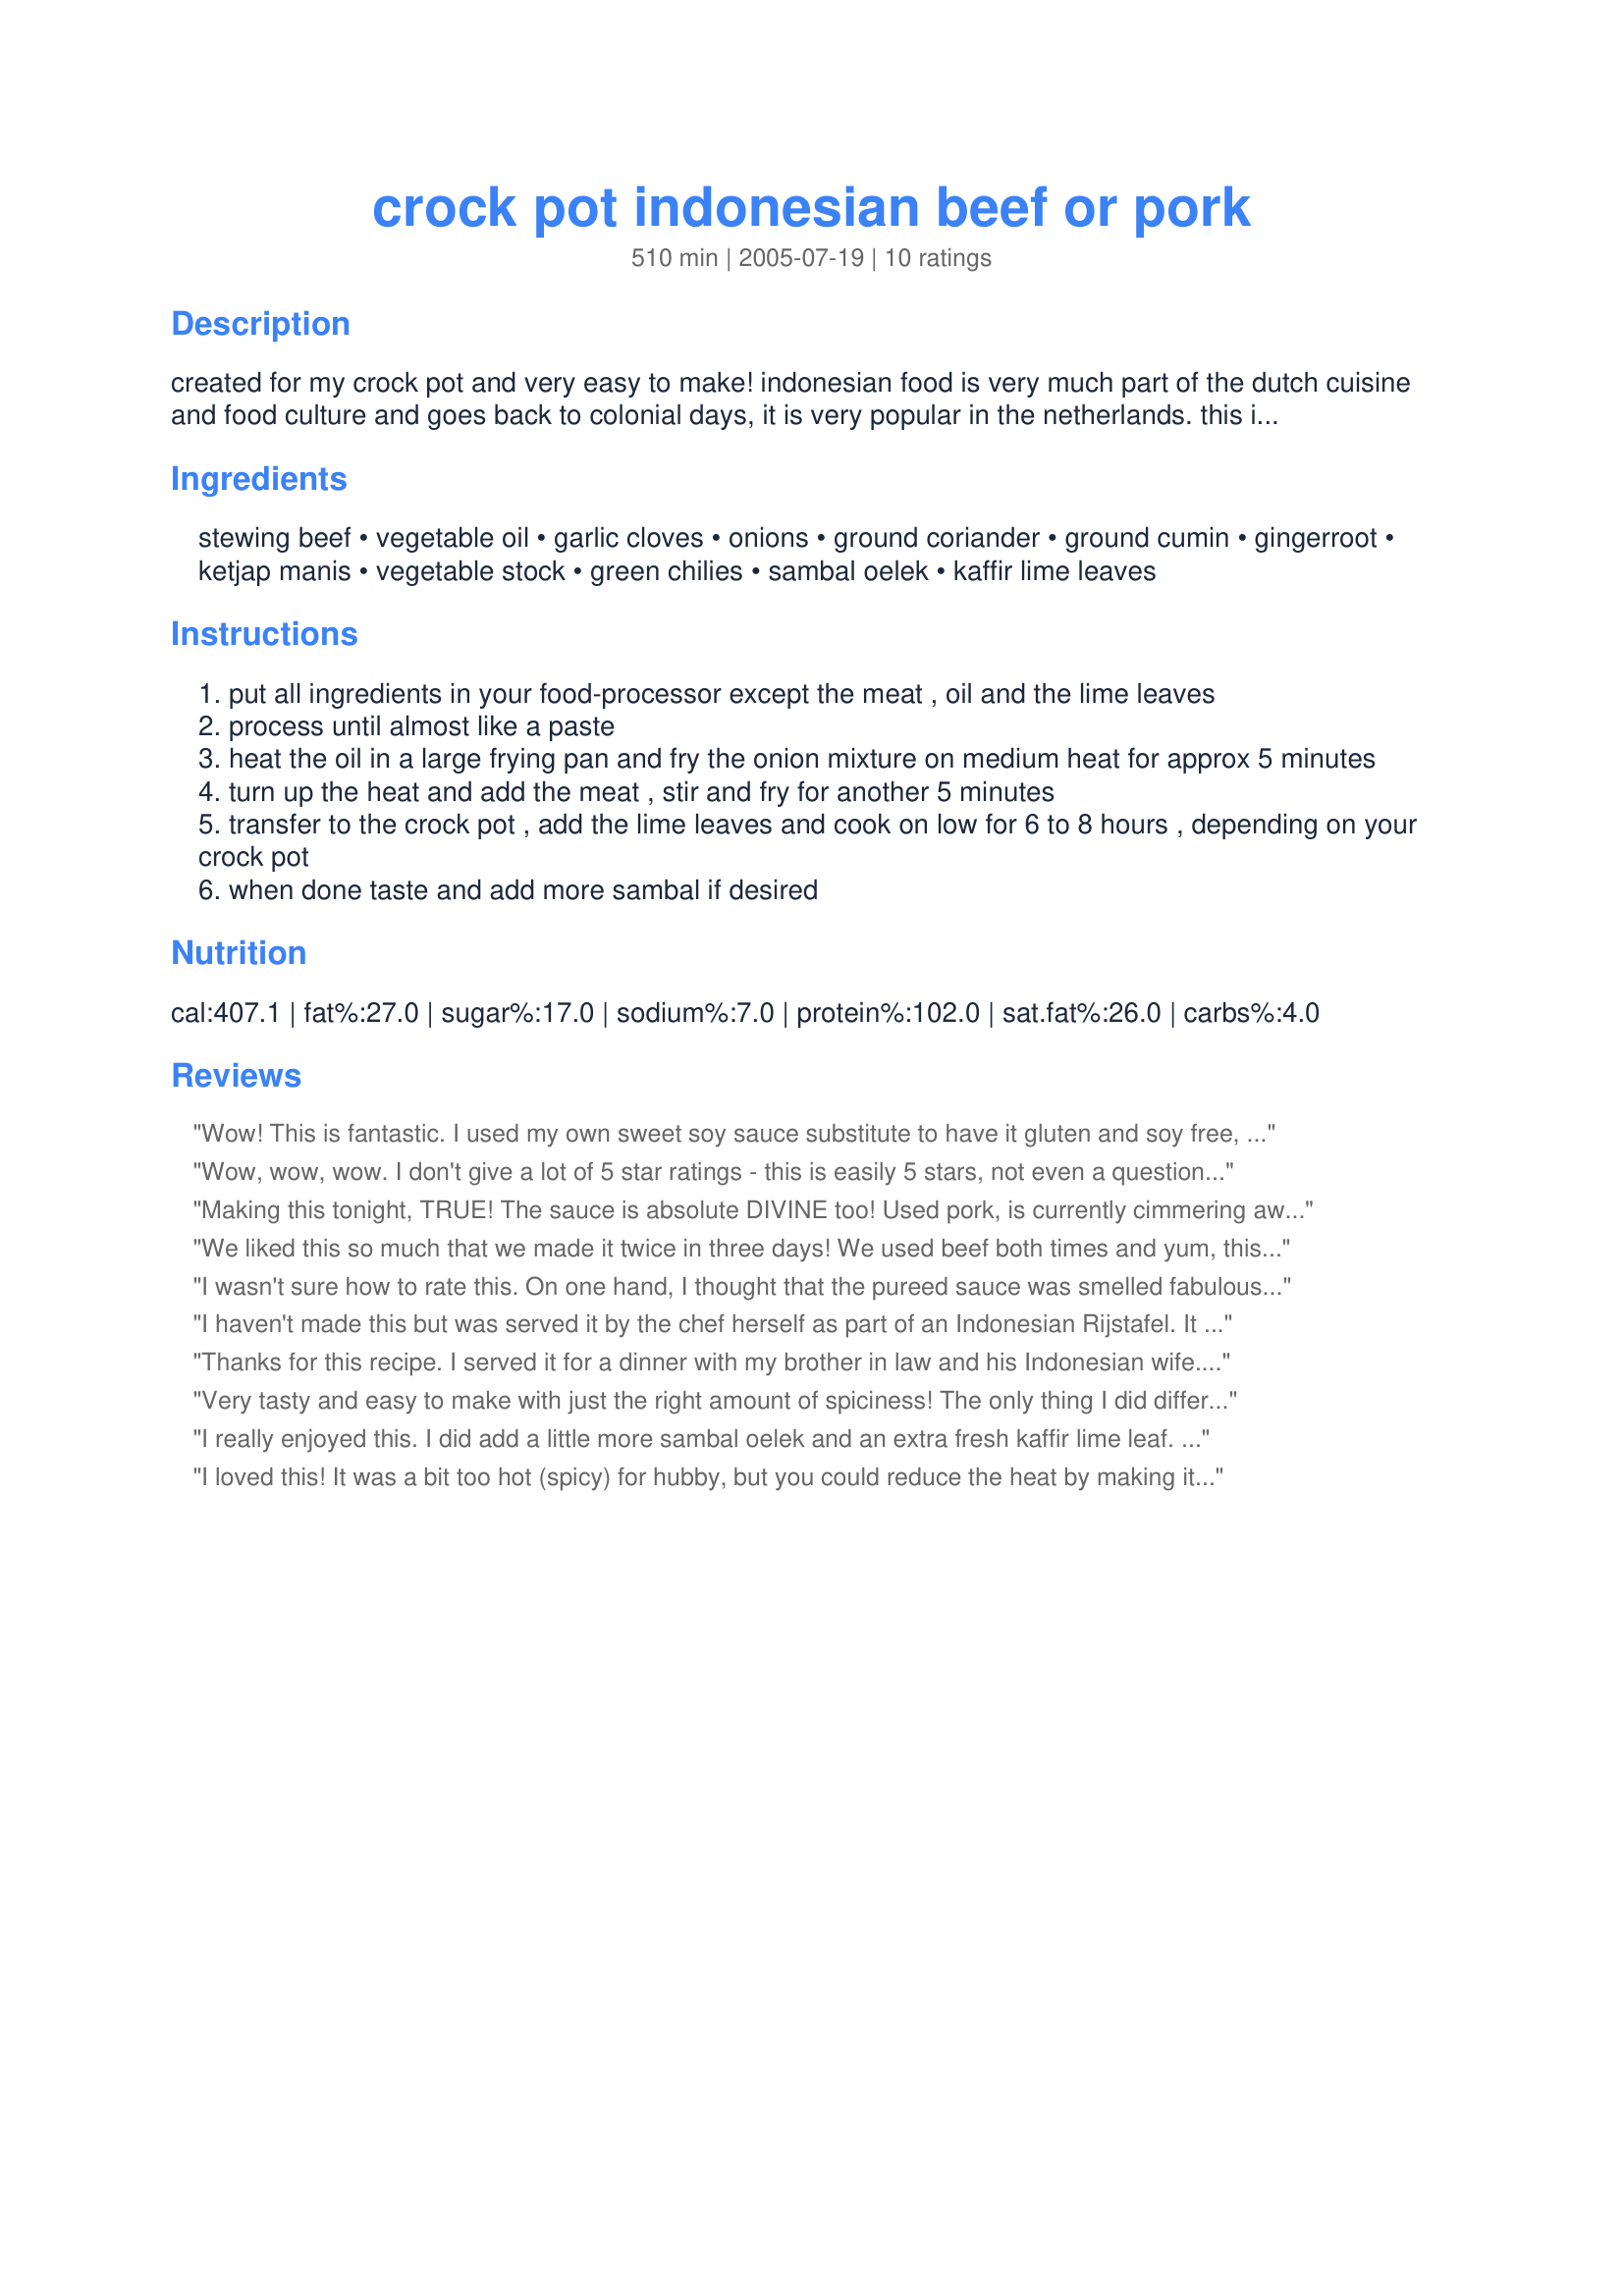
crock pot indonesian beef or pork
Preparation time: 510 minutes

created for my crock pot and very easy to make! indonesian food is very much part of the dutch cuisine and food culture and goes back to colonial days, it is very popular in the netherlands. this is good when just made but even better the day after or after freezing. add as many chilies or sambal to bring it up to your own desired spiciness. if you cannot get lime leaves sub with some lime zest, it's not the same but it's the best substitute.

Ingredients:
stewing beef, vegetable oil, garlic cloves, onions, ground coriander, ground cumin, gingerroot, ketjap manis, vegetable stock, green chilies, sambal oelek, kaffir lime leaves

Steps:
put all ingredients in your food-processor except the meat , oil and the lime leaves
process until almost like a paste
heat the oil in a large frying pan and fry the onion mixture on medium heat for approx 5 minutes
turn up the heat and add the meat , stir and fry for another 5 minutes
transfer to the crock pot , add the lime leaves and cook on low for 6 to 8 hours , depending on your crock pot
when done taste and add more sambal if desired

Reviews:
Wow! This is fantastic. I used my own sweet soy sauce substitute to have it gluten and soy free, and it was incredibly tasty. Made it with beef and will soon make it again!<br/>Made for Cook-A-Thon in Memory of Pets'R'us.
Wow, wow, wow. I don't give a lot of 5 star ratings - this is easily 5 stars, not even a question. I cannot believe how easy it was to put together, and the results were amazing. I had sambal oekek and ketjap manis, but did not have access to lime leaves. Changes: used venison for the beef (no one even noticed) and left out lime zest for lime leaves, simply because I forgot to add it. Served with Indonesian Speced Rice Recipe #14639. I will definitely be putting this in the hall of fame cookbook. We loved it. THANKS a million. *Made again with chicken, and it was still good, but the venison was much better....the spices overpowered the chicken. Next time, beef!
Making this tonight, TRUE! The sauce is absolute DIVINE too! Used pork, is currently cimmering away, Like one of the reviewers used an extra lime leaf, okay! Had initial concerns was not enough sauce, But am sure it will be ok....
We liked this so much that we made it twice in three days! We used beef both times and yum, this is not only easy but wonderfully tasty. Needless to say we will be making it again SOON! Thanks!!!
I wasn't sure how to rate this. On one hand, I thought that the pureed sauce was smelled fabulous and delish before it was cooked but after cooking in the crockpot (I used beef but no sambal or lime leaves), the result was very bland/boring. So I felt like rating the stew a 3 but the sauce was a 5 (I made more and mixed some with ground beef, breadcrumbs, and egg to make a meatloaf - which was fab!). So I think the cook time kills the sauce/flavor, but it's definitely a keeper. Maybe I'll try to make this dish over the stove instead.
I haven't made this but was served it by the chef herself as part of an Indonesian Rijstafel. It was excellent; not too spicy and great flavor. Thanks for the fabulous dinner! :)
Thanks for this recipe. I served it for a dinner with my brother in law and his Indonesian wife. We all really liked it. Kaffir were out of season, couldn't find dried. So I used lime zest. Also, I went easy on the chilis and sambal so it wouldn't be too hot for the kids, but next time, I will put it all in. It was not hot at all. I served this with Indonesian fried rice and Indo. cole slaw, also from this site.
Very tasty and easy to make with just the right amount of spiciness! The only thing I did differently was to use 3 dried kaffir leaves. You're right, it does taste even better the next day!
I really enjoyed this. I did add a little more sambal oelek and an extra fresh kaffir lime leaf. This will especailly be good on a cold winter's night. Thanks for posting
I loved this! It was a bit too hot (spicy) for hubby, but you could reduce the heat by making it just 1 chile instead of 2. I used more meat (about 3.5 lb.) than the recipe called for, and there was still plenty of sauce.

I didn&#039;t exactly follow the directions (I cooked the meat first, then added 1 chopped onion, then the paste) but it was obvious to me that the addition of the paste was just going to boil everything, so I poured it all into the crock pot and went on. I think the better approach would be to cook the meat, add the onions. then the spices, and put everything into the crock pot at that point. You could also make this a pre-freezer meal by just browning the meat, onions, and spices (or totally skip any browning.)

I used 1 large serrano chile instead of 2 chiles, but it was large, so I think that was OK. The flavor was good. I&#039;m sure a thai chile or even 2 Anaheim would be fine. (If you use Anaheim, then toast the skins off first or used canned.) Keep in mind that &quot;hot&quot; to hubby is really &quot;mild&quot; to me, so don&#039;t be afraid of the spicy heat.

I didn&#039;t have lime leaf, so I just squeezed juice from 1 lime before cooking. I think it was a good substitute.
The cooking moderated the citrus to the appropriate level.

Try it, you&#039;ll like it.
